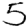
Digit: 5